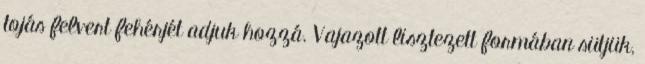
tojás felvert fehérjét adjuk hozzá. Vajazott lisztezett formában sütjük,